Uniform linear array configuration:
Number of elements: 32
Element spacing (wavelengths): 1
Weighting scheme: cosine
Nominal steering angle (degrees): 15
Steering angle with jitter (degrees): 15.283
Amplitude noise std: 0.05
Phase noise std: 0.05

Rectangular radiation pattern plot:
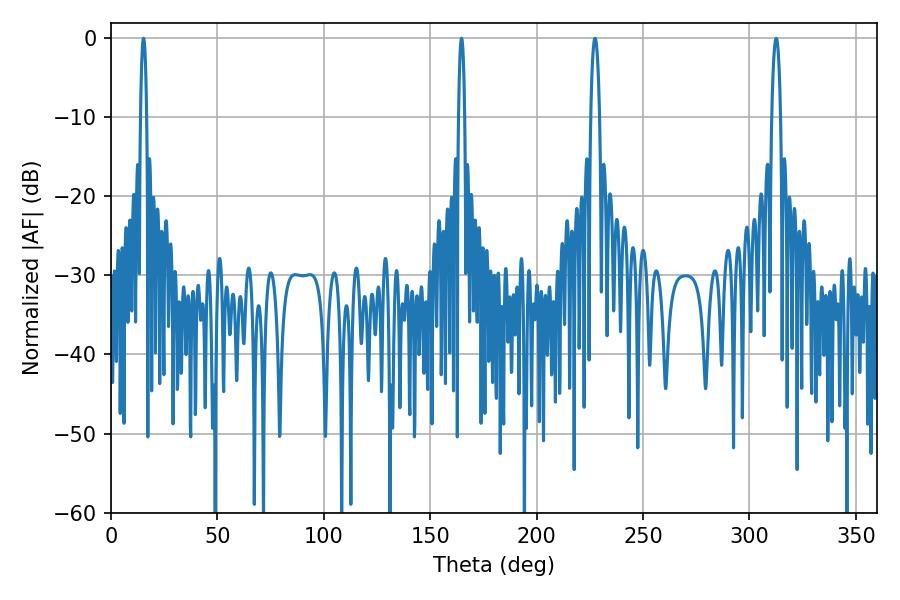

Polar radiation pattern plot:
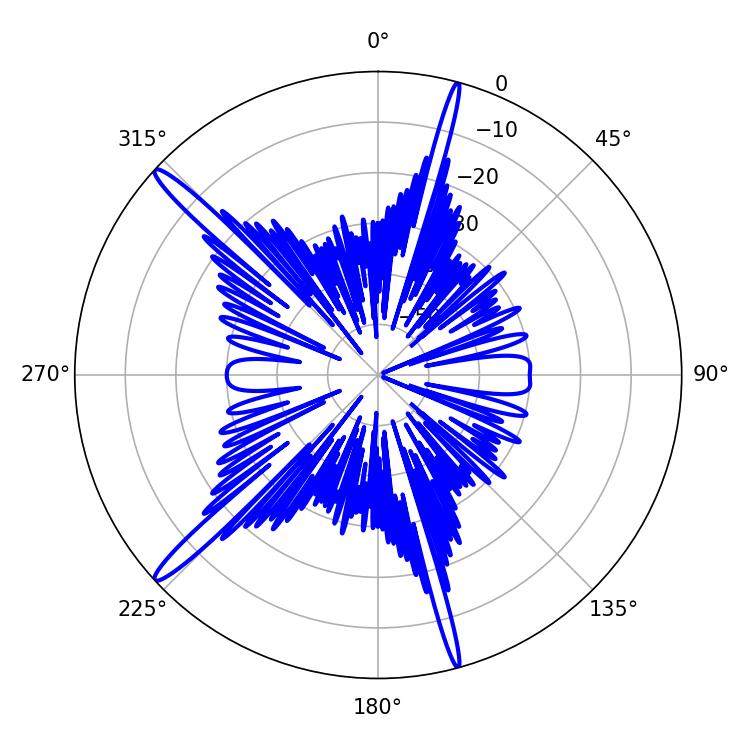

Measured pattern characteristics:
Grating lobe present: TRUE
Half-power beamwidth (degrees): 1.44
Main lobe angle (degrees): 164.7